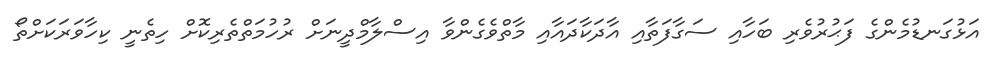
އަޅުގަނޑުމެންގެ ފަޙުރުވެރި ބަހާއި ސަގާފަތާއި އާދަކާދައާއި މާތްވެގެންވާ އިސްލާމްދީނަށް ރުހުމަތްތެރިކޮށް ހިތެނީ ކިހާވަރަކަށްތޯ